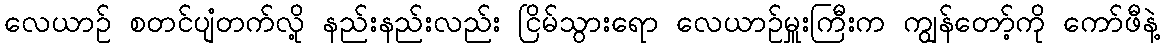
လေယာဉ် စတင်ပျံတက်လို့ နည်းနည်းလည်း ငြိမ်သွားရော လေယာဉ်မှူးကြီးက ကျွန်တော့်ကို ကော်ဖီနဲ့